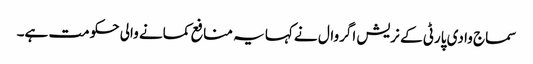
سماج وادی پارٹی کے نریش اگروال نے کہا یہ منافع کمانے والی حکومت ہے۔